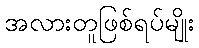
အလားတူဖြစ်ရပ်မျိုး